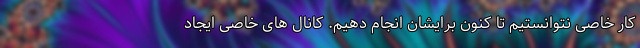
کار خاصی نتوانستیم تا کنون برایشان انجام دهیم. کانال های خاصی ایجاد